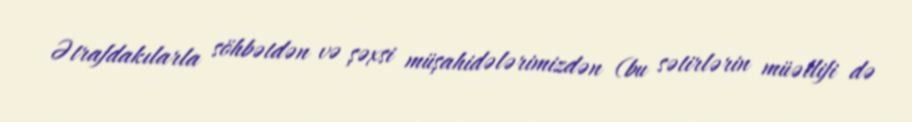
Ətrafdakılarla söhbətdən və şəxsi müşahidələrimizdən (bu sətirlərin müəllifi də